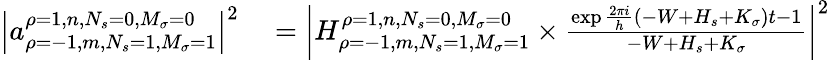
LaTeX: \begin{array}{rl}{\left|a_{\rho=-1,m,N_{s}=1,M_{\sigma}=1}^{\rho=1,n,N_{s}=0,M_{\sigma}=0}\right|^{2}}&{{}=\left|H_{\rho=-1,m,N_{s}=1,M_{\sigma}=1}^{\rho=1,n,N_{s}=0,M_{\sigma}=0}\times{\frac{\exp{{\frac{2\pi i}{h}}(-W+H_{s}+K_{\sigma})t}-1}{-W+H_{s}+K_{\sigma}}}\right|^{2}}\end{array}